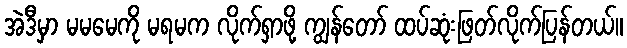
အဲဒီမှာ မမမေကို မရမက လိုက်ရှာဖို့ ကျွန်တော် ထပ်ဆုံးဖြတ်လိုက်ပြန်တယ်။